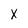
Character: X